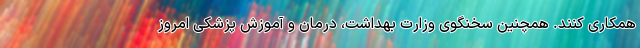
همکاری کنند. همچنین سخنگوی وزارت بهداشت، درمان و آموزش پزشکی امروز